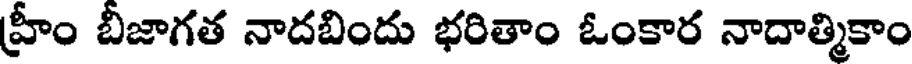
హ్రీం బీజాగత నాదబిందు భరితాం ఓంకార నాదాత్మికాం